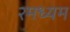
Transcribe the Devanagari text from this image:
२मध्यम